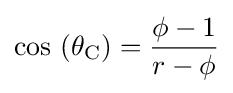
\cos \,\left(\theta _{\text{C}}\right)={\frac {\phi -1}{r-\phi }}